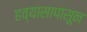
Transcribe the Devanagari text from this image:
हव्यासापासून